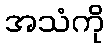
အသံကို